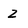
Character: Z